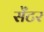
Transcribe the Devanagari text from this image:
सेँटर